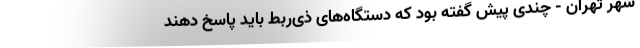
شهر تهران - چندی پیش گفته بود که دستگاه‌های ذی‌ربط باید پاسخ دهند